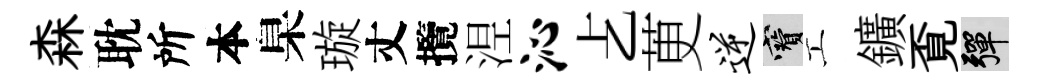
森耽所本臬璇丈攬𣵀沁𠧒茰逆寶工鑛覔彈